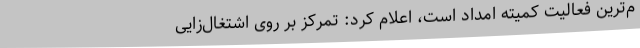
م‌ترین فعالیت کمیته امداد است، اعلام کرد: تمرکز بر روی اشتغال‌زایی